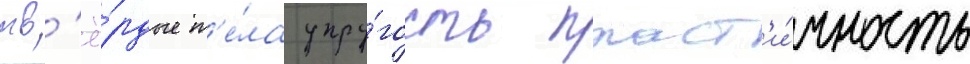
тв'ё́рдые т'е́ла упру́гость пласт'и́чность